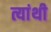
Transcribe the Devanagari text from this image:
त्यांथी